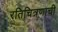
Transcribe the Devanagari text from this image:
रतिचित्रणाची